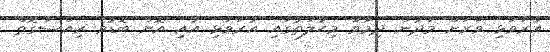
އުރަވަޅި ވަރަށް މަދުން ދިމާވާ މިޙާލަތުގައި އުރަވަޅި އާއި އޮށް ބޮޑުވެ ރިއްސާގޮތް